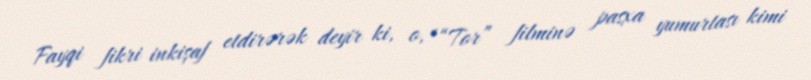
Fayqi fikri inkişaf etdirərək deyir ki, o, ““Tor” filminə pasxa yumurtası kimi